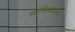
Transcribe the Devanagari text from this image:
व्यक्तिमाध्यम